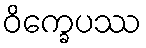
ဝိက္ခေပဿ